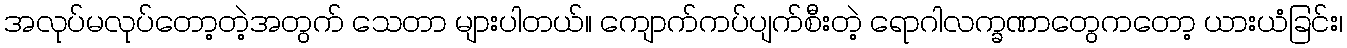
အလုပ်မလုပ်တော့တဲ့အတွက် သေတာ များပါတယ်။ ကျောက်ကပ်ပျက်စီးတဲ့ ရောဂါလက္ခဏာတွေကတော့ ယားယံခြင်း၊